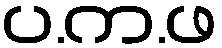
ပ.က.ဖ